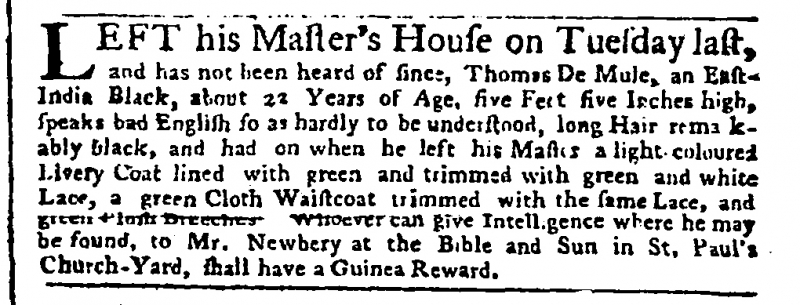
Public Advertiser, 31 December 1756 (England)
LEFT his Master’s House on Tuesday last, and has not been heard of since, Thomas De Mule, an East-India Black, about 22 Years of Age, five Feet five Inches high, speaks bad English so as hardly to be understood, long Hair remarkably black, and had on when he left his Master a light coloured Livery Coat lined with green and trimmed with green and white Lace, a green Cloth Waistcoat trimmed with the same Lace, and green Plush Breeches. Whoever can give Intelligence where he may be found, to Mr. Newbery at the Bible and Sun in St. Paul’s Church-Yard, shall have a Guinea Reward.